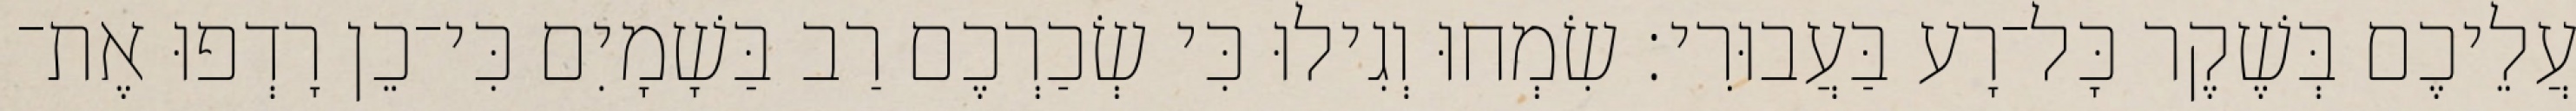
עֲלֵיכֶם בְּשֶׁקֶר כָּל־רָע בַּעֲבוּרִי׃ שִׂמְחוּ וְגִילוּ כִּי שְׂכַרְכֶם רַב בַּשָׁמָיִם כִּי־כֵן רָדְפוּ אֶת־